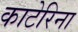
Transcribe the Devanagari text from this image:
काटेरिना